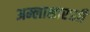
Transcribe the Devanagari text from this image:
अम्लासारखी